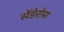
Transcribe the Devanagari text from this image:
सेंडेरोस